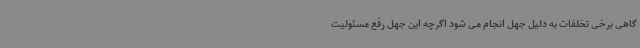
گاهی برخی تخلفات به دلیل جهل انجام می شود اگرچه این جهل رفع مسئولیت